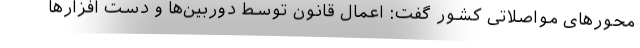
محورهای مواصلاتی کشور گفت: اعمال قانون توسط دوربین‌ها و دست افزارها